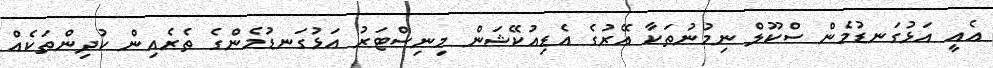
އެއީ އަޅުގަނޑުމެން ސްކޫލް ނިމުނުތަކާ އޭރުގެ އެޑިއުކޭޝަން މިނިސްޓަރު އަޅުގަނޑުމެންގެ ތެރެއިން ކުދިންތަކެއް